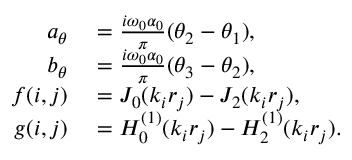
\begin{array} { r l } { a _ { \theta } } & { { } = \frac { i \omega _ { 0 } \alpha _ { 0 } } { \pi } ( \theta _ { 2 } - \theta _ { 1 } ) , } \\ { b _ { \theta } } & { { } = \frac { i \omega _ { 0 } \alpha _ { 0 } } { \pi } ( \theta _ { 3 } - \theta _ { 2 } ) , } \\ { f ( i , j ) } & { { } = J _ { 0 } ( k _ { i } r _ { j } ) - J _ { 2 } ( k _ { i } r _ { j } ) , } \\ { g ( i , j ) } & { { } = H _ { 0 } ^ { ( 1 ) } ( k _ { i } r _ { j } ) - H _ { 2 } ^ { ( 1 ) } ( k _ { i } r _ { j } ) . } \end{array}